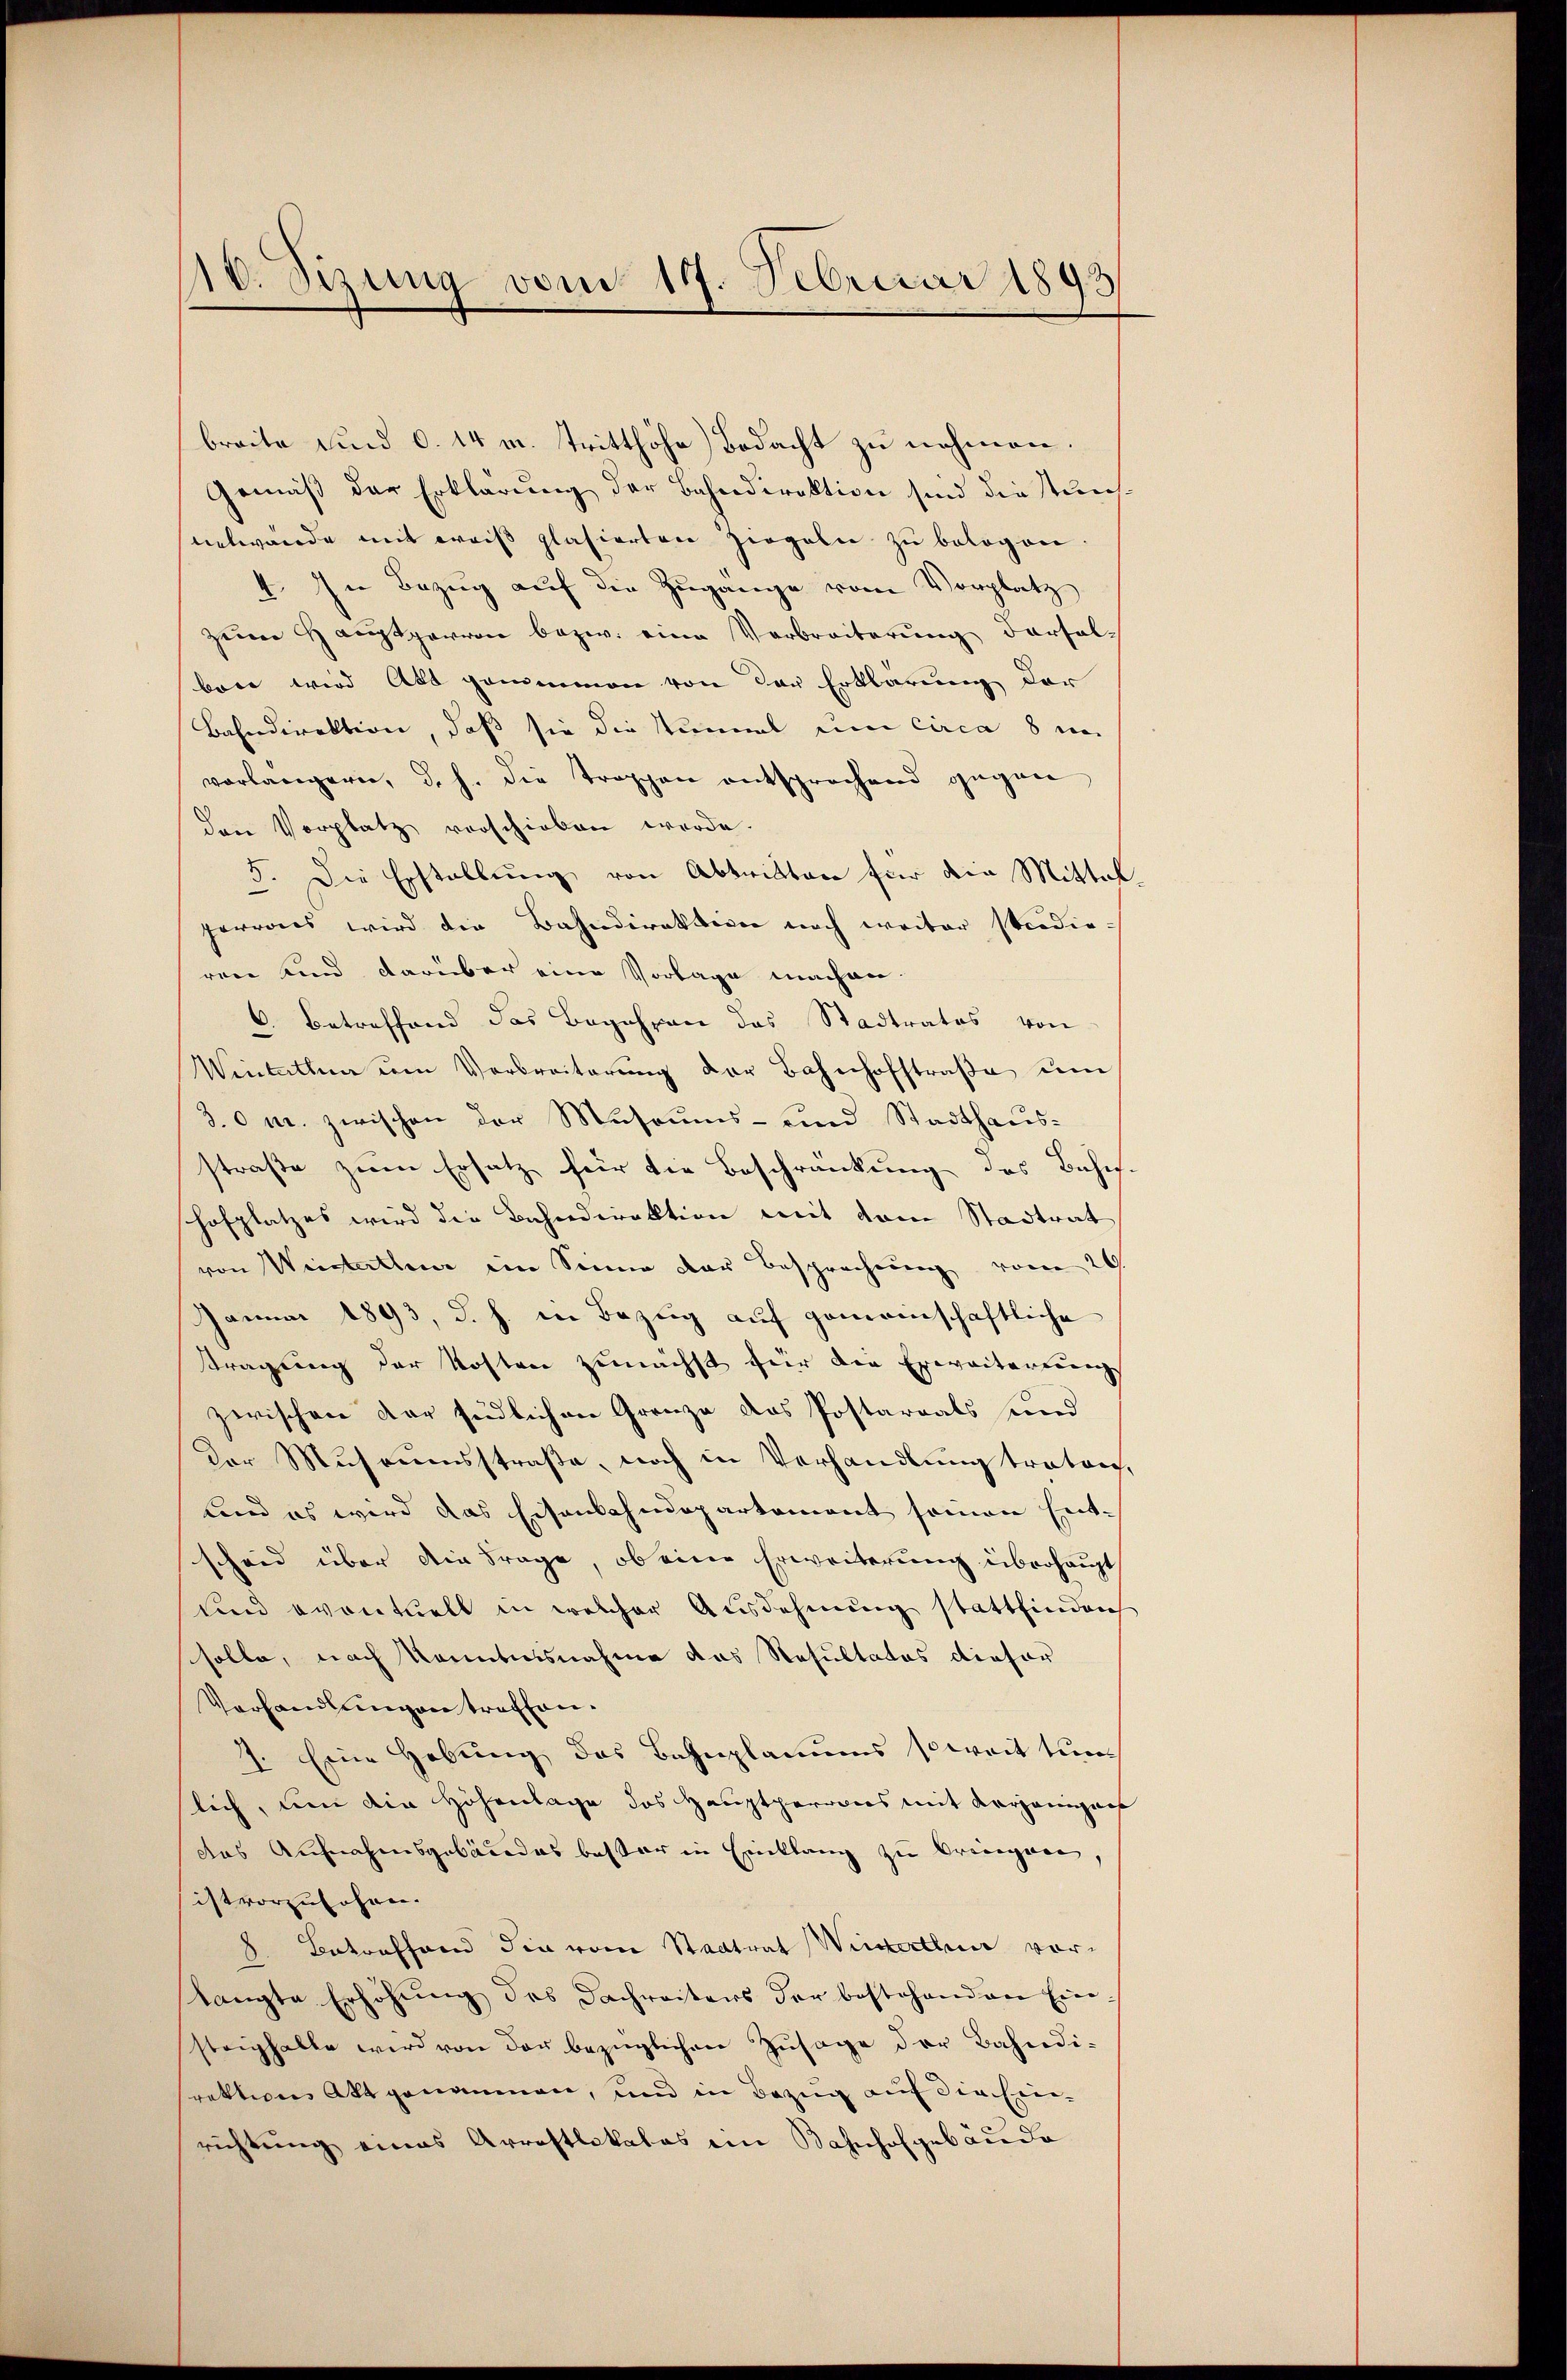
10. Sizung vom 19. Februar 1893

breite und 6. 14 u. tritthöhe Bedacht zu nehmen.
Gemäß der Erklärung der Bahndirektion sind die Steine
untwürde mit weiß plasierten Ziegeln zu belogen
4. In Bezug auf die Zugänge vom Vorplatz
zum Hauptperren bezw. eine Verbreiterung derfolbare wird Akt genimmen von der Erklärung der
Bahndirektion, daß sie die Summel um circa 8 un
vorlängern, d. h. die Troppen entsprochend gegen
den Vorplatz verschieben werde.
5. Die Erstellung von Abtritten für die Mittel
perrors wird die Bahndirektion noch weiter stredieren und darüber eine Vorlage machen.
6. Betreffend das Begehren des Stadtrates von
Winterthen um Verbreiterung der Bahnhofstraße um
3.0 m. zwischen der Museums- und Stadthausstraße zum Ersatz für die Beschränkung des Bahnh
hofplatzes wird die Bahndirektion mit dem Stadtrat
von Weisterthur ein Sinne der Besprechung vom 29.
Januar 1893, d. h. in Bezug auf gemeinschaftliche
stragung der Kosten zunächst für die Erweiterung
zwischen der südlichen Granze des Postarials sind
Der Museumsstraße, noch in Verhandlung tratrich,
und es wird das Eisenbahndepartement seinen Entscheid über die Frage, ob eine Erweiterung überhaupt
Und eventuell in welcher Ausdehnung stattfinden
solle, nach Kenntnisnahme das Resultatos dieser
Verhandlungen treffen.
1. Eine Hebung des Bahnplanums soweit tunlich, um die Höhenlage das Hauptperobers mit Karzanigers
das Aufnahmsgebäudes bester in Einklang zu bringen,
ist vorzusehen.
2. Betreffend die vom Staatrat Winterthur vorslangte Erhöhŭng des Dachreiters der bestehenden Ein
steighalle wird von der bezüglichen Zusage der Bahndi-
rektion Akt genommen, und in Bezug auf die Einrichtung eines Arrestlokales im Bahnhofgebäude